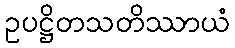
ဥပဋ္ဌိတသတိဿာယံ